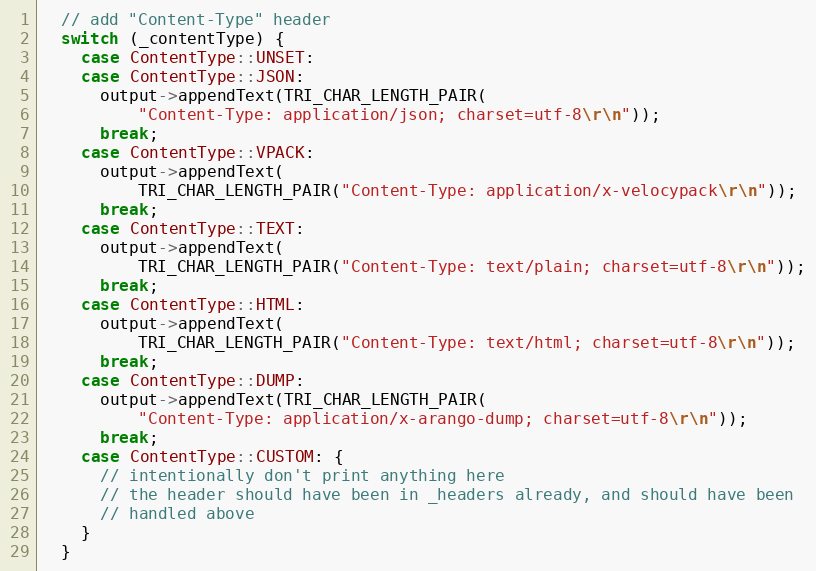
Language: C++
  // add "Content-Type" header
  switch (_contentType) {
    case ContentType::UNSET:
    case ContentType::JSON:
      output->appendText(TRI_CHAR_LENGTH_PAIR(
          "Content-Type: application/json; charset=utf-8\r\n"));
      break;
    case ContentType::VPACK:
      output->appendText(
          TRI_CHAR_LENGTH_PAIR("Content-Type: application/x-velocypack\r\n"));
      break;
    case ContentType::TEXT:
      output->appendText(
          TRI_CHAR_LENGTH_PAIR("Content-Type: text/plain; charset=utf-8\r\n"));
      break;
    case ContentType::HTML:
      output->appendText(
          TRI_CHAR_LENGTH_PAIR("Content-Type: text/html; charset=utf-8\r\n"));
      break;
    case ContentType::DUMP:
      output->appendText(TRI_CHAR_LENGTH_PAIR(
          "Content-Type: application/x-arango-dump; charset=utf-8\r\n"));
      break;
    case ContentType::CUSTOM: {
      // intentionally don't print anything here
      // the header should have been in _headers already, and should have been
      // handled above
    }
  }